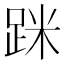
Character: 𨀷